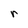
Character: r